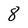
Character: 8